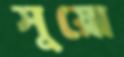
সুয়ো